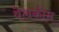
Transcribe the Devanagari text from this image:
वेलकोम